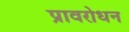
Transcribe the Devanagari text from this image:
प्रावरोधन